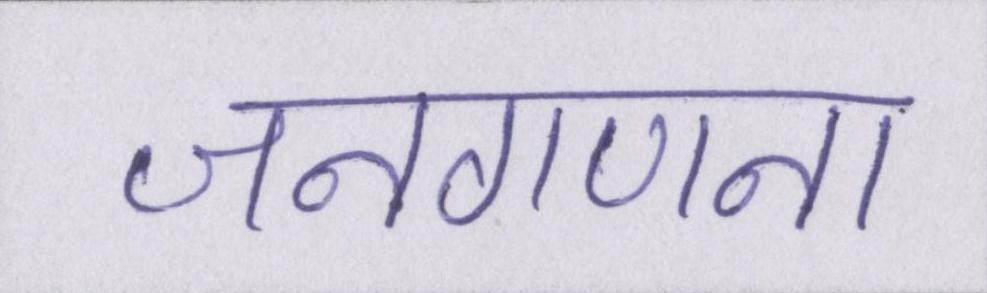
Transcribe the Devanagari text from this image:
जनगणना